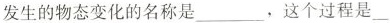
发生的物态变化的名称是___，这个过程是___